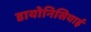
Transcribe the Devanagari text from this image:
डायोनिसियाई